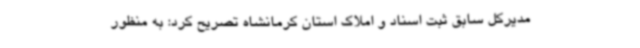
مدیرکل سابق ثبت اسناد و املاک استان کرمانشاه تصریح کرد: به منظور